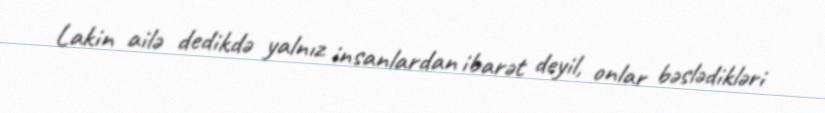
Lakin ailə dedikdə yalnız insanlardan ibarət deyil, onlar bəslədikləri